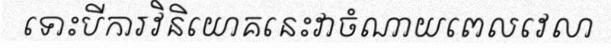
ទោះបីការវិនិយោគនេះវាចំណាយពេលវេលា